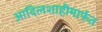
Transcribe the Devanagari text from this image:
आदिलशाहीमार्फत